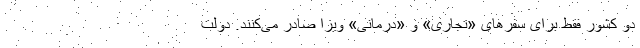
دو کشور فقط برای سفرهای «تجاری» و «درمانی» ویزا صادر می‌کنند. دولت